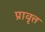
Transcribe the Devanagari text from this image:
प्रावृत्त